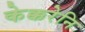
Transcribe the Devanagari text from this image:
केक्करेनि